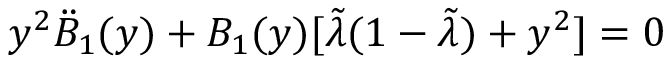
y ^ { 2 } \ddot { B } _ { 1 } ( y ) + B _ { 1 } ( y ) [ \tilde { \lambda } ( 1 - \tilde { \lambda } ) + y ^ { 2 } ] = 0